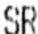
SR